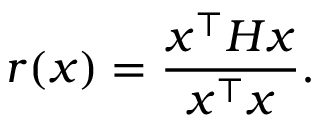
r ( x ) = \frac { x ^ { \top } H x } { x ^ { \top } x } .